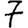
Digit: 7